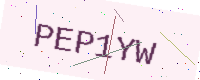
Text: PEP1YW